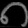
Digit: ၈